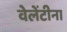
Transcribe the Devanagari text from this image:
वेलेंटीना